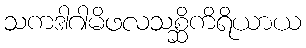
သကဒါဂါမိဖလသစ္ဆိကိရိယာယ